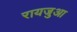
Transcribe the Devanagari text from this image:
रायजुआ